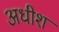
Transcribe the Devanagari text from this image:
अधीश